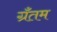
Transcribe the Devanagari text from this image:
ग्रँतम